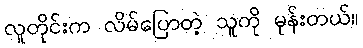
လူတိုင်းက လိမ်ပြောတဲ့ သူကို မုန်းတယ်။